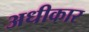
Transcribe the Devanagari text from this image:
अधीकार